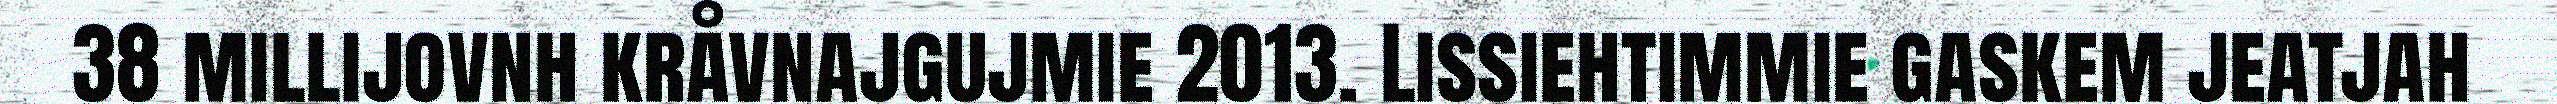
38 millijovnh kråvnajgujmie 2013. Lissiehtimmie gaskem jeatjah